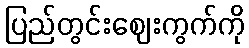
ပြည်တွင်းဈေးကွက်ကို